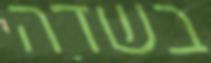
בשדה